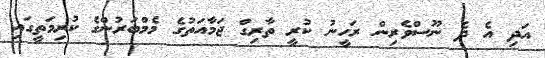
އަދި އެ ދެ ނޫސްވެރިން ރަހީނު ކުރީ ތާރިގް ޖަމާއަތުގެ މެމްބަރުންގެ ކުރިމަތީގައި